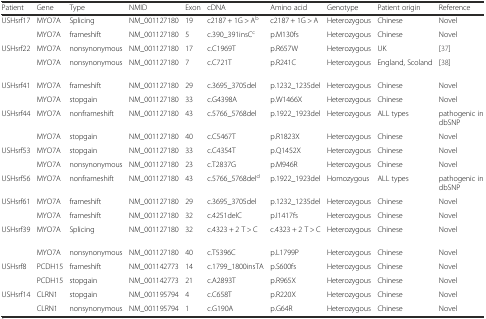
<table><thead><tr><td><b>Patient</b></td><td><b>Gene</b></td><td><b>Type</b></td><td><b>NMID</b></td><td><b>Exon</b></td><td><b>cDNA</b></td><td><b>Amino acid</b></td><td><b>Genotype</b></td><td><b>Patient origin</b></td><td><b>Reference</b></td></tr></thead><tbody><tr><td rowspan="2">USHsrf17</td><td>MYO7A</td><td>Splicing</td><td>NM_001127180</td><td>19</td><td>c2187 + 1G &gt; A<sup>b</sup></td><td>c2187 + 1G &gt; A</td><td>Heterozygous</td><td>Chinese</td><td>Novel</td></tr><tr><td>MYO7A</td><td>frameshift</td><td>NM_001127180</td><td>5</td><td>c.390_391insC<sup>c</sup></td><td>p.M130fs</td><td>Heterozygous</td><td>Chinese</td><td>Novel</td></tr><tr><td rowspan="2">USHsrf22</td><td>MYO7A</td><td>nonsynonymous</td><td>NM_001127180</td><td>17</td><td>c.C1969T</td><td>p.R657W</td><td>Heterozygous</td><td>UK</td><td>[37]</td></tr><tr><td>MYO7A</td><td>nonsynonymous</td><td>NM_001127180</td><td>7</td><td>c.C721T</td><td>p.R241C</td><td>Heterozygous</td><td>England, Scoland</td><td>[38]</td></tr><tr><td rowspan="2">USHsrf41</td><td>MYO7A</td><td>frameshift</td><td>NM_001127180</td><td>29</td><td>c.3695_3705del</td><td>p.1232_1235del</td><td>Heterozygous</td><td>Chinese</td><td>Novel</td></tr><tr><td>MYO7A</td><td>stopgain</td><td>NM_001127180</td><td>33</td><td>c.G4398A</td><td>p.W1466X</td><td>Heterozygous</td><td>Chinese</td><td>Novel</td></tr><tr><td rowspan="2">USHsrf44</td><td>MYO7A</td><td>nonframeshift</td><td>NM_001127180</td><td>43</td><td>c.5766_5768del</td><td>p.1922_1923del</td><td>Heterozygous</td><td>ALL types</td><td>pathogenic in dbSNP</td></tr><tr><td>MYO7A</td><td>stopgain</td><td>NM_001127180</td><td>40</td><td>c.C5467T</td><td>p.R1823X</td><td>Heterozygous</td><td>Chinese</td><td>Novel</td></tr><tr><td rowspan="2">USHsrf53</td><td>MYO7A</td><td>stopgain</td><td>NM_001127180</td><td>33</td><td>c.C4354T</td><td>p.Q1452X</td><td>Heterozygous</td><td>Chinese</td><td>Novel</td></tr><tr><td>MYO7A</td><td>nonsynonymous</td><td>NM_001127180</td><td>23</td><td>c.T2837G</td><td>p.M946R</td><td>Heterozygous</td><td>Chinese</td><td>Novel</td></tr><tr><td>USHsrf56</td><td>MYO7A</td><td>nonframeshift</td><td>NM_001127180</td><td>43</td><td>c.5766_5768del<sup>d</sup></td><td>p.1922_1923del</td><td>Homozygous</td><td>ALL types</td><td>pathogenic in dbSNP</td></tr><tr><td rowspan="2">USHsrf61</td><td>MYO7A</td><td>frameshift</td><td>NM_001127180</td><td>29</td><td>c.3695_3705del</td><td>p.1232_1235del</td><td>Heterozygous</td><td>Chinese</td><td>Novel</td></tr><tr><td>MYO7A</td><td>frameshift</td><td>NM_001127180</td><td>32</td><td>c.4251delC</td><td>p.I1417fs</td><td>Heterozygous</td><td>Chinese</td><td>Novel</td></tr><tr><td rowspan="2">USHsrf39</td><td>MYO7A</td><td>Splicing</td><td>NM_001127180</td><td>32</td><td>c.4323 + 2 T &gt; C</td><td>c.4323 + 2 T &gt; C</td><td>Heterozygous</td><td>Chinese</td><td>Novel</td></tr><tr><td>MYO7A</td><td>nonsynonymous</td><td>NM_001127180</td><td>40</td><td>c.T5396C</td><td>p.L1799P</td><td>Heterozygous</td><td>Chinese</td><td>Novel</td></tr><tr><td rowspan="2">USHsrf8</td><td>PCDH15</td><td>frameshift</td><td>NM_001142773</td><td>14</td><td>c.1799_1800insTA</td><td>p.S600fs</td><td>Heterozygous</td><td>Chinese</td><td>Novel</td></tr><tr><td>PCDH15</td><td>stopgain</td><td>NM_001142773</td><td>21</td><td>c.A2893T</td><td>p.R965X</td><td>Heterozygous</td><td>Chinese</td><td>Novel</td></tr><tr><td rowspan="2">USHsrf14</td><td>CLRN1</td><td>stopgain</td><td>NM_001195794</td><td>4</td><td>c.C658T</td><td>p.R220X</td><td>Heterozygous</td><td>Chinese</td><td>Novel</td></tr><tr><td>CLRN1</td><td>nonsynonymous</td><td>NM_001195794</td><td>1</td><td>c.G190A</td><td>p.G64R</td><td>Heterozygous</td><td>Chinese</td><td>Novel</td></tr></tbody></table>